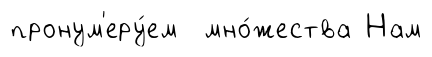
пронум'еру́ем мно́жества Нам